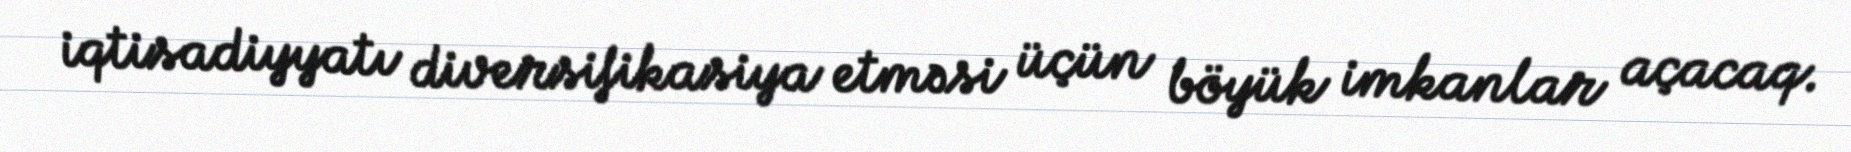
iqtisadiyyatı diversifikasiya etməsi üçün böyük imkanlar açacaq.